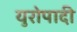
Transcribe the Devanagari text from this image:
युरोपादी